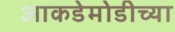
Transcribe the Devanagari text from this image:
आकडेमोडीच्या